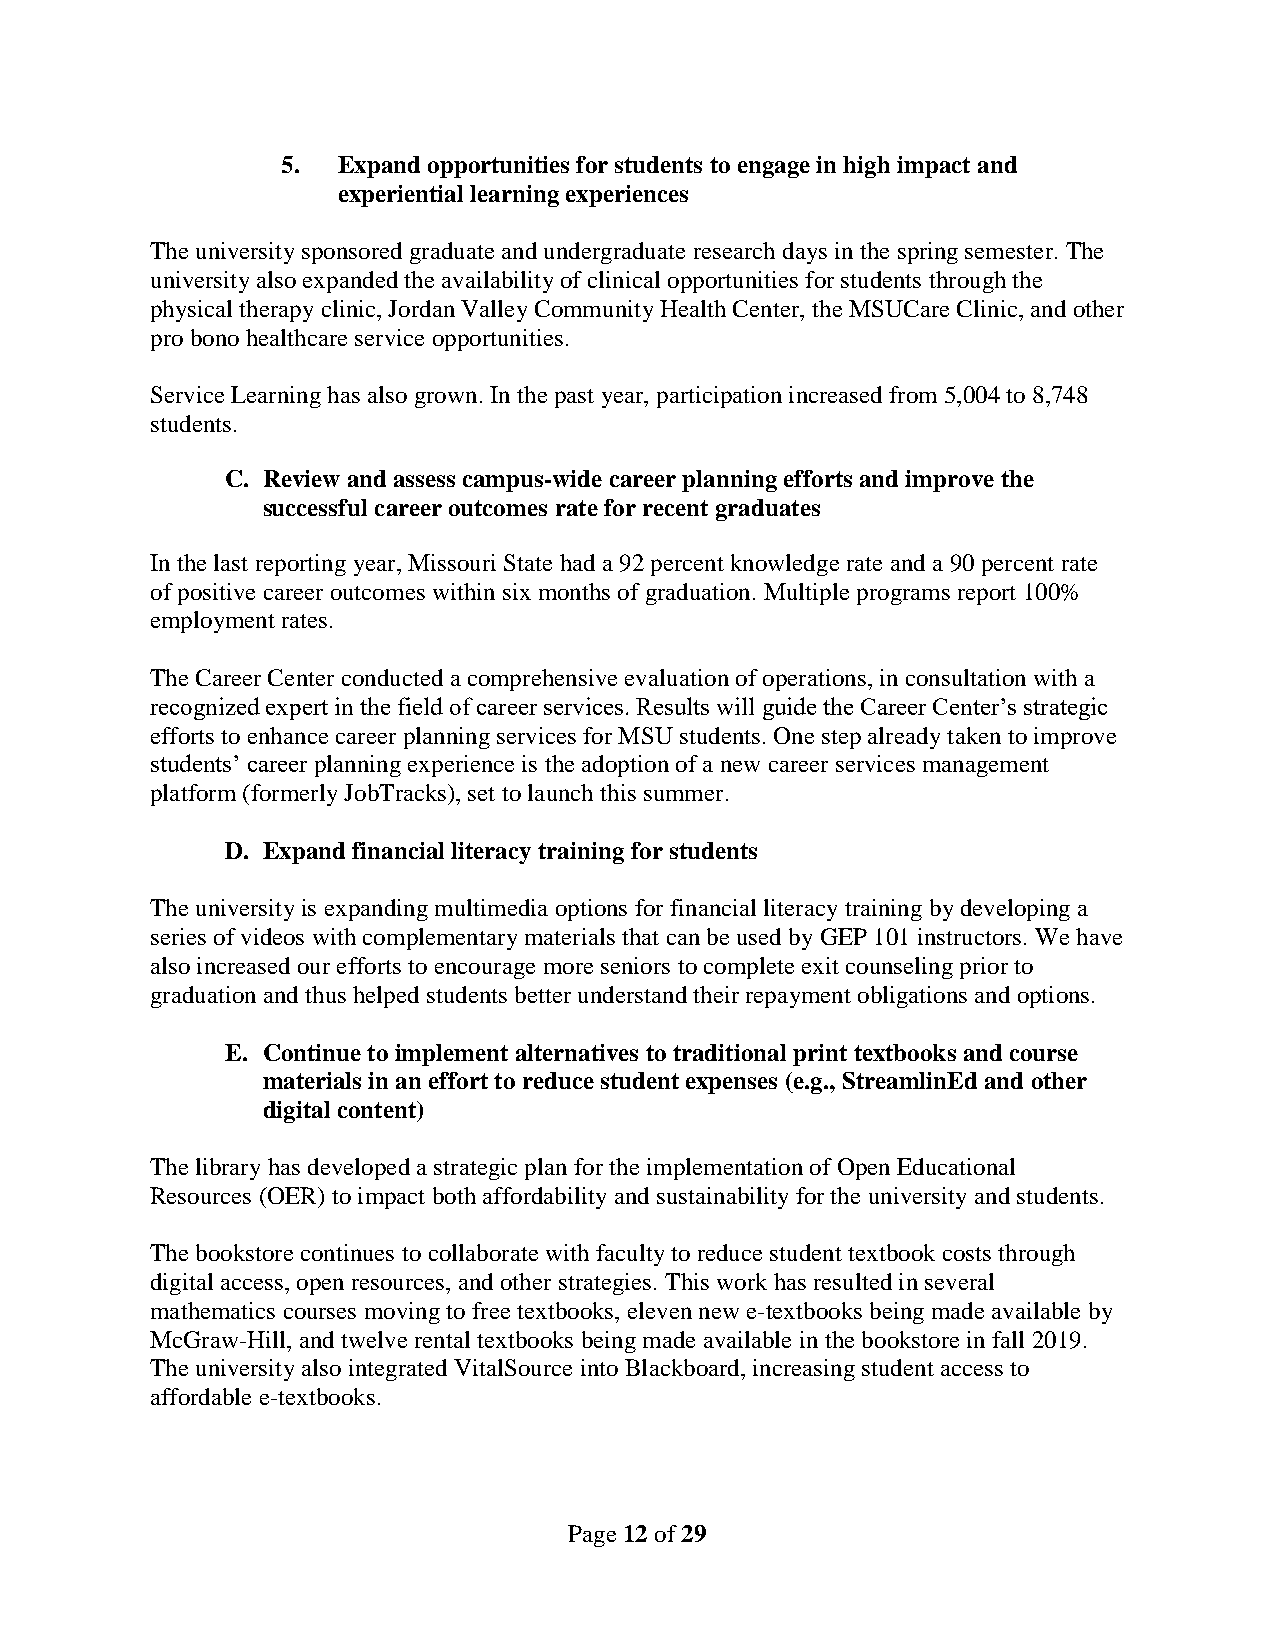
5. Expand opportunities for students to engage in high impact and
 experiential learning experiences
 The university sponsored graduate and undergraduate research days in the spring semester. The
 university also expanded the availability of clinical opportunities for students through the
 physical therapy clinic, Jordan Valley Community Health Center, the MSUCare Clinic, and other
 pro bono healthcare service opportunities.
 Service Learning has also grown. In the past year, participation increased from 5,004 to 8,748
 students.
 C. Review and assess campus-wide career planning efforts and improve the
 successful career outcomes rate for recent graduates
 In the last reporting year, Missouri State had a 92 percent knowledge rate and a 90 percent rate
 of positive career outcomes within six months of graduation. Multiple programs report 100%
 employment rates.
 The Career Center conducted a comprehensive evaluation of operations, in consultation with a
 recognized expert in the field of career services. Results will guide the Career Center’s strategic
 efforts to enhance career planning services for MSU students. One step already taken to improve
 students’ career planning experience is the adoption of a new career services management
 platform (formerly JobTracks), set to launch this summer.
 D. Expand financial literacy training for students
 The university is expanding multimedia options for financial literacy training by developing a
 series of videos with complementary materials that can be used by GEP 101 instructors. We have
 also increased our efforts to encourage more seniors to complete exit counseling prior to
 graduation and thus helped students better understand their repayment obligations and options.
 E. Continue to implement alternatives to traditional print textbooks and course
 materials in an effort to reduce student expenses (e.g., StreamlinEd and other
 digital content)
 The library has developed a strategic plan for the implementation of Open Educational
 Resources (OER) to impact both affordability and sustainability for the university and students.
 The bookstore continues to collaborate with faculty to reduce student textbook costs through
 digital access, open resources, and other strategies. This work has resulted in several
 mathematics courses moving to free textbooks, eleven new e-textbooks being made available by
 McGraw-Hill, and twelve rental textbooks being made available in the bookstore in fall 2019.
 The university also integrated VitalSource into Blackboard, increasing student access to
 affordable e-textbooks.
 Page 12 of 29